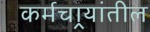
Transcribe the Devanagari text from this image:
कर्मचार्‍यांतील